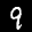
Label: 9